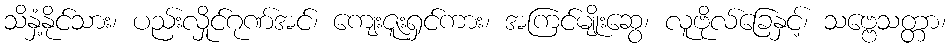
သိနှံ့နိုင်သား၊ ပည်းလှိုင်ဂုဏ်အင်၊ ကျေးဇူးရှင်ကား၊ အကြင်မျိုးဆွေ၊ လူဗိုလ်ခြေနှင့်၊ သဗ္ဗေသတ္တာ၊